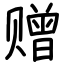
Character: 赠